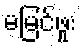
မမြင်ဖူး